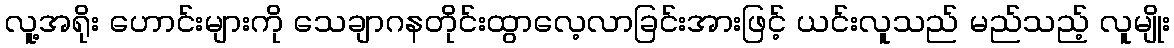
လူ့အရိုး ဟောင်းများကို သေချာဂနတိုင်းထွာလေ့လာခြင်းအားဖြင့် ယင်းလူသည် မည်သည့် လူမျိုး